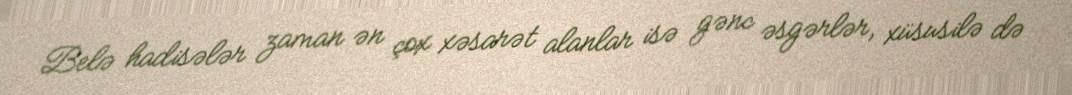
Belə hadisələr zaman ən çox xəsarət alanlar isə gənc əsgərlər, xüsusilə də